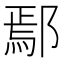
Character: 鄢